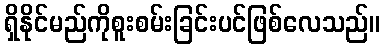
ရှိနိုင်မည်ကိုစူးစမ်းခြင်းပင်ဖြစ်လေသည်။